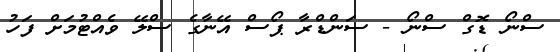
ސްނޯ ޑޮގް ސްނޯ - ސަންޑްރާ ޕޯސް އޭނާގެ ސްލޭ ވެއްޓުމަށް ފަހު